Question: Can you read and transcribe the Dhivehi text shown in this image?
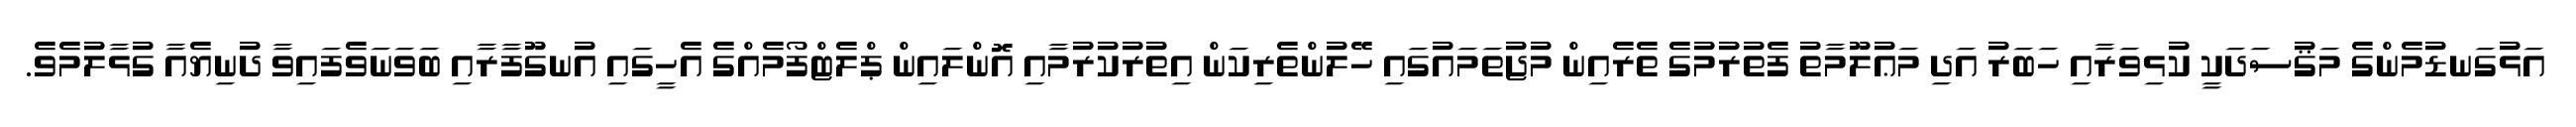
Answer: އަޅުގަނޑުމެންގެ މަޤުސަދަކީ ކުޅިވަރާއި ހަބަރު އަދި މަޢުލޫމާތު ފެތުރުމުގެ ތެރެއިން މުޖުތަމައުގައި ހޭލުންތެރިކަން އިތުރުކުރުމާއި އޮންލައިން ޕްލެޓްފޯމެއްގެ އެހީގައި އުނގޫފާރާއި ބަވަނަވެފައިވާ ދުނިޔެއާ ގުޅާލުމެވެ.